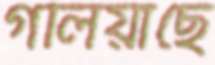
গলিয়াছে